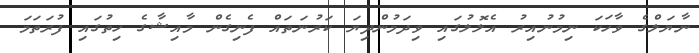
ނާޔަލްގެ ވާހަކަ ނިމުނުއިރު އެލޮލުގައި ވިދަމުންދިޔަ ކަރުނަތައް ފެނިގެން މާއިޝާގެ ހިތުގައި ފުރަތަމަ